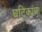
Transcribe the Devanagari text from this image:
घटिकांचा